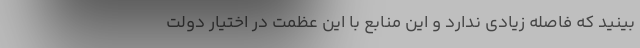
‌بینید که فاصله زیادی ندارد و این منابع با این عظمت در اختیار دولت